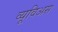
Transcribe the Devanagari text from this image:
व्यूविअस